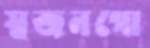
স্বজনগো